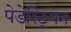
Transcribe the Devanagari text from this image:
पेडेस्ट्रियन